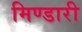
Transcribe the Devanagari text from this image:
मिण्डारी